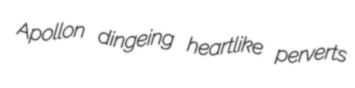
Apollon dingeing heartlike perverts